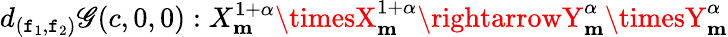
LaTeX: d_{(\mathtt{f}_{1},\mathtt{f}_{2})}\mathscr{{G}}(c,0,0):X_{\mathbf{{m}}}^{1+\alpha}\timesX_{\mathbf{{m}}}^{1+\alpha}\rightarrowY_{\mathbf{{m}}}^{\alpha}\timesY_{\mathbf{{m}}}^{\alpha}